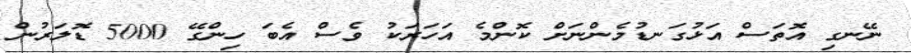
ނޭނގި އޮތަސް އަޅުގަނޑުމެންނަށް ކޮންމެ އަހަރަކު ވެސް އެބަ ހިންގޭ 5000 ޑޮލަރުން